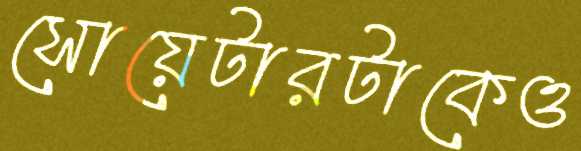
সোয়েটারটাকেও